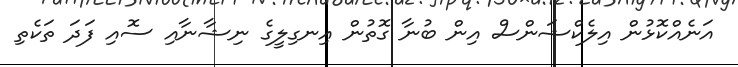
އަނެއްކޮޅުން އިލެކްޝަންސް އިން ބުނާ ގޮތުން އިނގިލީގެ ނިޝާނާއި ސޮއި ފަދަ ތަކެތި